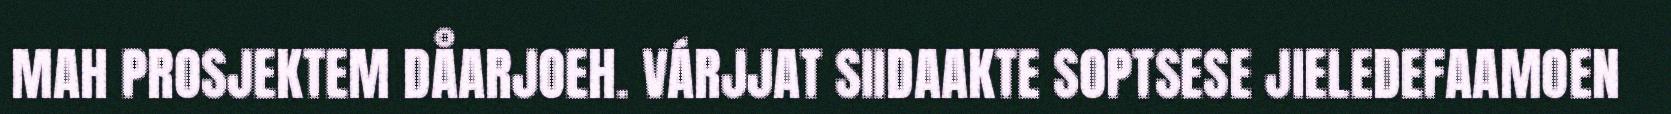
MAH PROSJEKTEM DÅARJOEH. VÁRJJAT SIIDAAKTE SOPTSESE JIELEDEFAAMOEN